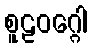
စူဠဝဂ္ဂေါ